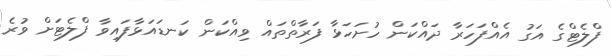
ފްލެޓްގެ އަގު އެއްފަހަރާ ދައްކަން ހުށަހަޅާ ފަރާތްތައް ވިއްކަން ކަނޑައަޅާފައިވާ ފްލެޓަށް ވުރެ